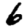
Digit: 6